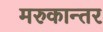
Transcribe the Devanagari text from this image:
मरुकान्तर